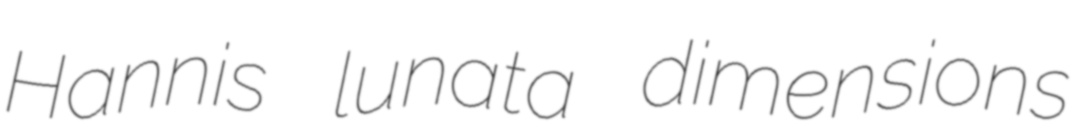
Hannis lunata dimensions